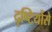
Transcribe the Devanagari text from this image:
दृष्टियोंसे